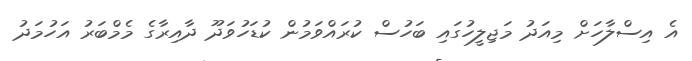
އެ އިސްލާހަށް މިއަދު މަޖިލީހުގައި ބަހުސް ކުރައްވަމުން ކުޑަހުވަދޫ ދާއިރާގެ މެމްބަރު އަހުމަދު